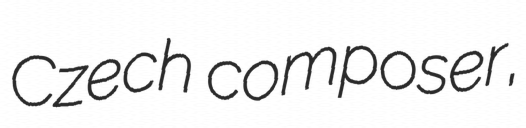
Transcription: Czech composer,